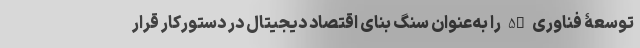
توسعۀ فناوری 5G را به‌عنوان سنگ بنای اقتصاد دیجیتال در دستورکار قرار